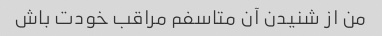
من از شنیدن آن متاسفم مراقب خودت باش